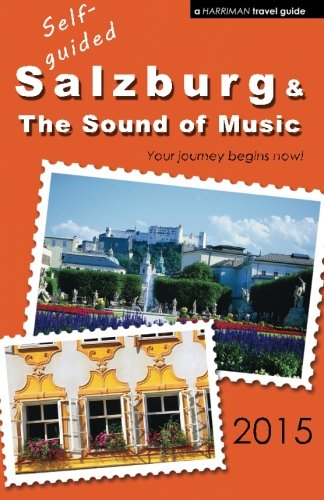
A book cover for Self-guided Salzburg & The Sound of Music - 2015; Brett Harriman; Travel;